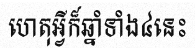
ហេតុអ្វីក៏ឆ្នាំទាំង៤នេះ